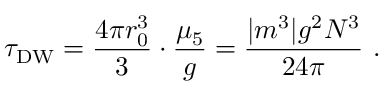
\tau _ { \mathrm { D W } } = \frac { 4 \pi r _ { 0 } ^ { 3 } } { 3 } \cdot \frac { \mu _ { 5 } } { g } = \frac { | m ^ { 3 } | g ^ { 2 } N ^ { 3 } } { 2 4 \pi } \ .